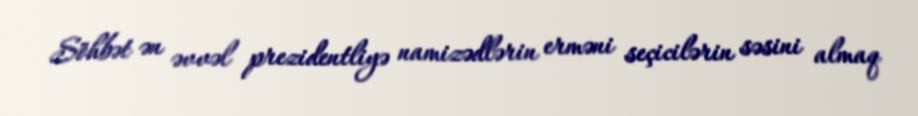
Söhbət ən əvvəl prezidentliyə namizədlərin erməni seçicilərin səsini almaq